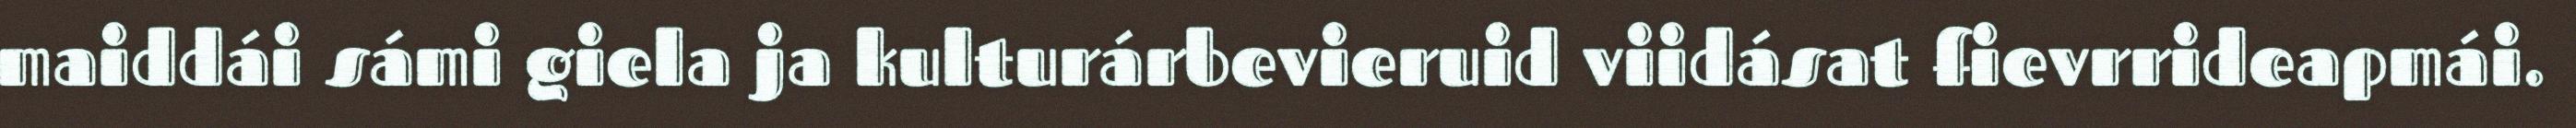
maiddái sámi giela ja kulturárbevieruid viidásat fievrrideapmái.